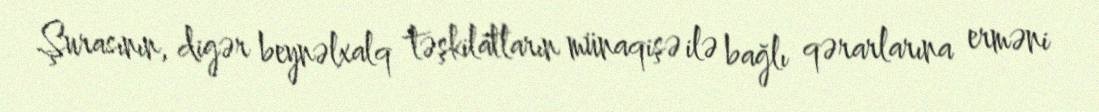
Şurasının, digər beynəlxalq təşkilatların münaqişə ilə bağlı qərarlarına erməni